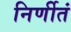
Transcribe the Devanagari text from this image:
निर्णीतं